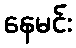
နေမင်း